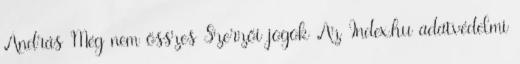
András Még nem összes Szerzői jogok Az Index.hu adatvédelmi